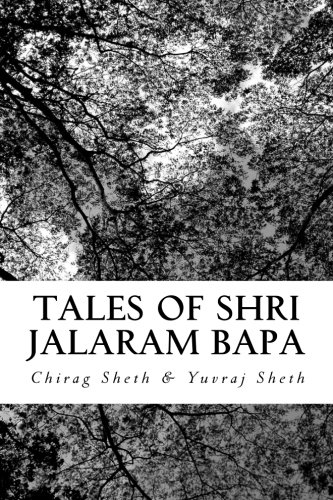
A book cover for Tales of Shri Jalaram Bapa:: Jalaram Bapa ni Katha. True life tales of Shri Jalaram Bapa. These are real life short stories of Shri Jalaram Bapa. ... generations and have truely blessed mankind.; Mr. Chirag Paresh Sheth; Religion & Spirituality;